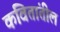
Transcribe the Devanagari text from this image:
कवितांतील